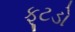
ફૂટડો